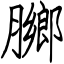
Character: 膷